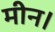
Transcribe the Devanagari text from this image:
मीन।